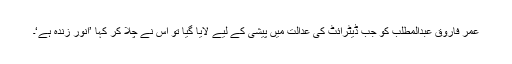
عمر فاروق عبدالمطلب کو جب ڈیٹرائٹ کی عدالت میں پیشی کے لیے لایا گیا تو اس نے چلا کر کہا ’انور زندہ ہے‘۔